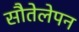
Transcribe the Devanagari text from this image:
सौतेलेपन